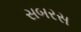
સબરસ